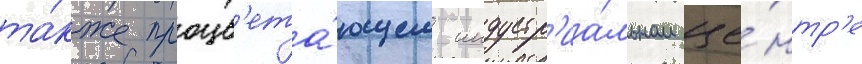
та́кже процв'ета́ющем индустр'иа́льном це́нтр'е